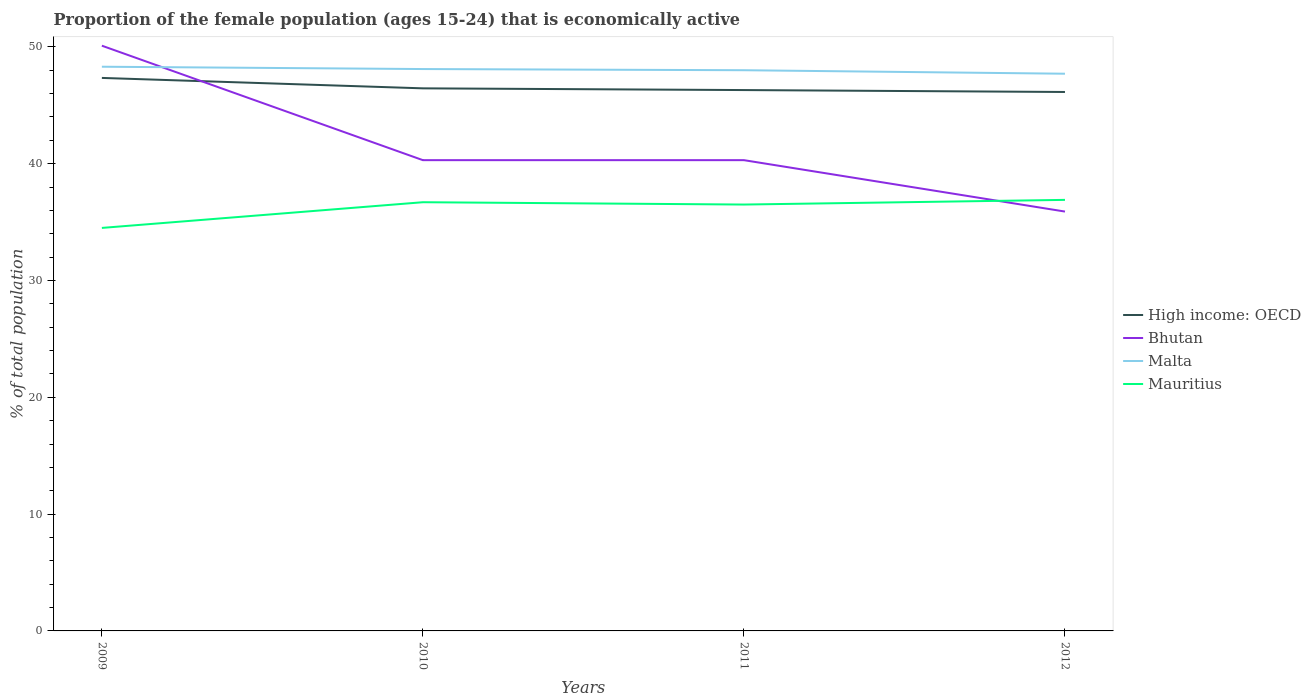
| Years | High income: OECD | Bhutan | Malta | Mauritius |
 | --- | --- | --- | --- | --- |
 | 2009 | 47.3 | 50.1 | 48.3 | 34.5 |
 | 2010 | 46.4 | 40.3 | 48.1 | 36.7 |
 | 2011 | 46.3 | 40.3 | 48 | 36.5 |
 | 2012 | 46.1 | 35.9 | 47.7 | 36.9 |